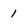
Character: 1